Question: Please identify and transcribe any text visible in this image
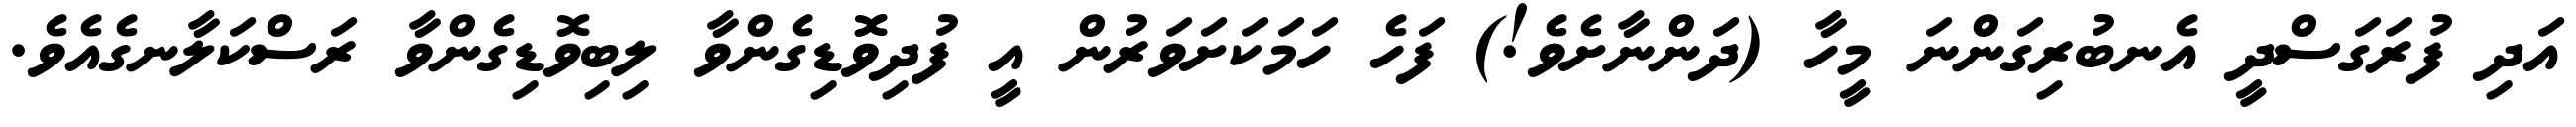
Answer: އަދި ފުރަގަސްދީ އެނބުރިގަންނަ މީހާ (ދަންނާށެވެ!) ފަހެ ހަމަކަށަވަރުން އީ ފުދިވޮޑިގެންވާ ލިބިވޮޑިގެންވާ ރަސްކަލާނގެއެވެ.